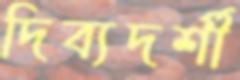
দিব্যদর্শী